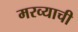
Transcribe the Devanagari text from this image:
मरव्याची